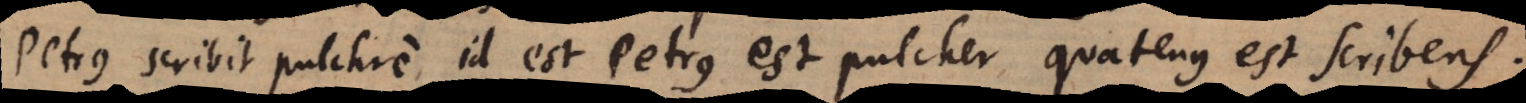
est pulchrum Id est Petrus est stans pulcher quatenus est scribens.